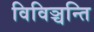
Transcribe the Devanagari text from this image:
विविञ्चन्ति